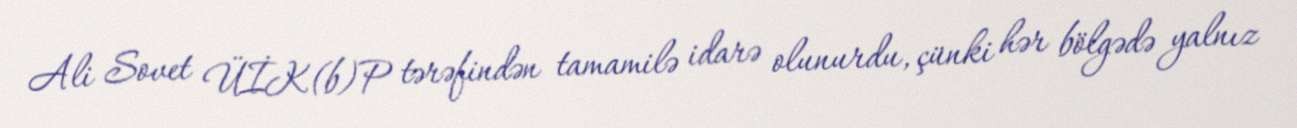
Ali Sovet ÜİK(b)P tərəfindən tamamilə idarə olunurdu, çünki hər bölgədə yalnız